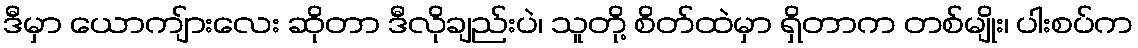
ဒီမှာ ယောကျ်ားလေး ဆိုတာ ဒီလိုချည်းပဲ၊ သူတို့ စိတ်ထဲမှာ ရှိတာက တစ်မျိုး၊ ပါးစပ်က